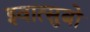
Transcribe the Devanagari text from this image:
इवात्सुबो